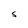
Character: S